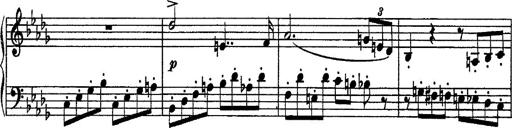
Title: Piano Sonata
Composer: Karl HÃ¤ssler
Key: C major